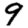
Digit: 9